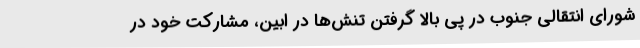
شورای انتقالی جنوب در پی بالا گرفتن تنش‌ها در ابین، مشارکت خود در